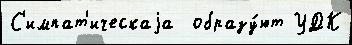
С'импат'ическаjа  образу́ют УДК